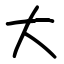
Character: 大